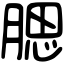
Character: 腮